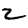
Digit: 2